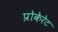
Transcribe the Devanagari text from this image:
प्रोकेरेट